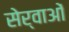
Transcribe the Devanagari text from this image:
सेर्वाओं